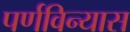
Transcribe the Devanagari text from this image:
पर्णविन्यास